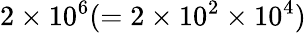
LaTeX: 2\times 10^{6}(=2\times 10^{2}\times 10^{4})